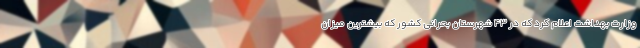
وزارت بهداشت اعلام کرد که در ۴۳ شهرستان بحرانی کشور که بیشترین میزان